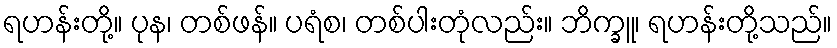
ရဟန်းတို့။ ပုန၊ တစ်ဖန်။ ပရံစ၊ တစ်ပါးတုံလည်း။ ဘိက္ခူ၊ ရဟန်းတို့သည်။